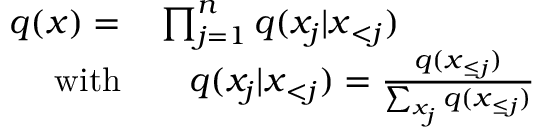
\begin{array} { r l } { q ( \boldsymbol { x } ) = } & { { } \prod _ { j = 1 } ^ { n } q ( x _ { j } | \boldsymbol { x } _ { < j } ) } \\ { \mathrm { w i t h } } & { { } \ \ \ q ( x _ { j } | \boldsymbol { x } _ { < j } ) = \frac { q ( \boldsymbol { x } _ { \le j } ) } { \sum _ { x _ { j } } q ( \boldsymbol { x } _ { \le j } ) } } \end{array}